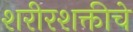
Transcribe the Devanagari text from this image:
शरीरशक्तीचे